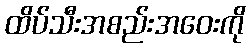
ထိပ်သီးအစည်းအဝေးကို